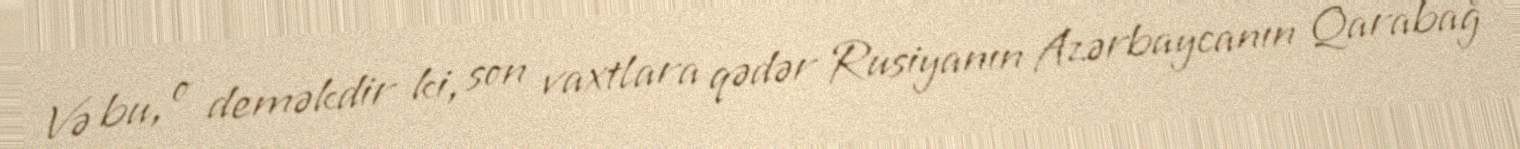
Və bu, o deməkdir ki, son vaxtlara qədər Rusiyanın Azərbaycanın Qarabağ